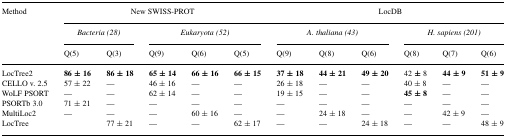
<table><thead><tr><td><b>Method</b></td><td colspan="5"><b>New SWISS-PROT</b></td><td colspan="6"><b>LocDB</b></td></tr><tr><td></td><td colspan="2"><b><i>Bacteria (28)</i></b></td><td colspan="3"><b><i>Eukaryota (52)</i></b></td><td colspan="3"><b><i>A. thaliana (43)</i></b></td><td colspan="3"><b><i>H. sapiens (201)</i></b></td></tr><tr><td><b>Q(5)</b></td><td><b>Q(3)</b></td><td><b>Q(9)</b></td><td><b>Q(6)</b></td><td><b>Q(5)</b></td><td><b>Q(9)</b></td><td><b>Q(8)</b></td><td><b>Q(6)</b></td><td><b>Q(8)</b></td><td><b>Q(7)</b></td><td><b>Q(6)</b></td></tr></thead><tbody><tr><td>LocTree2</td><td><b>86</b> ± <b>16</b></td><td><b>86</b> ± <b>18</b></td><td><b>65</b> ± <b>14</b></td><td><b>66</b> ± <b>16</b></td><td><b>66</b> ± <b>15</b></td><td><b>37</b> ± <b>18</b></td><td><b>44</b> ± <b>21</b></td><td><b>49</b> ± <b>20</b></td><td>42 ± 8</td><td><b>44</b> ± <b>9</b></td><td><b>51</b> ± <b>9</b></td></tr><tr><td>CELLO v. 2.5</td><td>57 ± 22</td><td>—</td><td>46 ± 16</td><td>—</td><td>—</td><td>26 ± 18</td><td>—</td><td>—</td><td>40 ± 8</td><td>—</td><td>—</td></tr><tr><td>WoLF PSORT</td><td>—</td><td>—</td><td>62 ± 14</td><td>—</td><td>—</td><td>19 ± 15</td><td>—</td><td>—</td><td><b>45 ± 8</b></td><td>—</td><td>—</td></tr><tr><td>PSORTb 3.0</td><td>71 ± 21</td><td>—</td><td>—</td><td>—</td><td>—</td><td>—</td><td>—</td><td>—</td><td>—</td><td>—</td><td>—</td></tr><tr><td>MultiLoc2</td><td>—</td><td>—</td><td>—</td><td>60 ± 16</td><td>—</td><td>—</td><td>24 ± 18</td><td>—</td><td>—</td><td>42 ± 9</td><td>—</td></tr><tr><td>LocTree</td><td></td><td>77 ± 21</td><td>—</td><td>—</td><td>62 ± 17</td><td>—</td><td>—</td><td>24 ± 18</td><td>—</td><td>—</td><td>48 ± 9</td></tr></tbody></table>